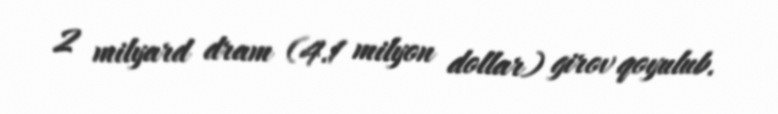
2 milyard dram (4.1 milyon dollar) girov qoyulub.